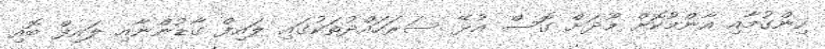
ހިންގުމާއި އާންމުކޮށް މޫދަށް ގޮސް އުޅޭ ސަރަހައްދުތަކުގައި ލައިފް ގާޑުންނާއި ލައިފް ބޮއި